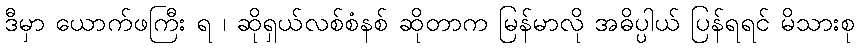
ဒီမှာ ယောက်ဖကြီး ရ ၊ ဆိုရှယ်လစ်စံနစ် ဆိုတာက မြန်မာလို အဓိပ္ပါယ် ပြန်ရရင် မိသားစု